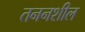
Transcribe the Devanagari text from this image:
तननशील